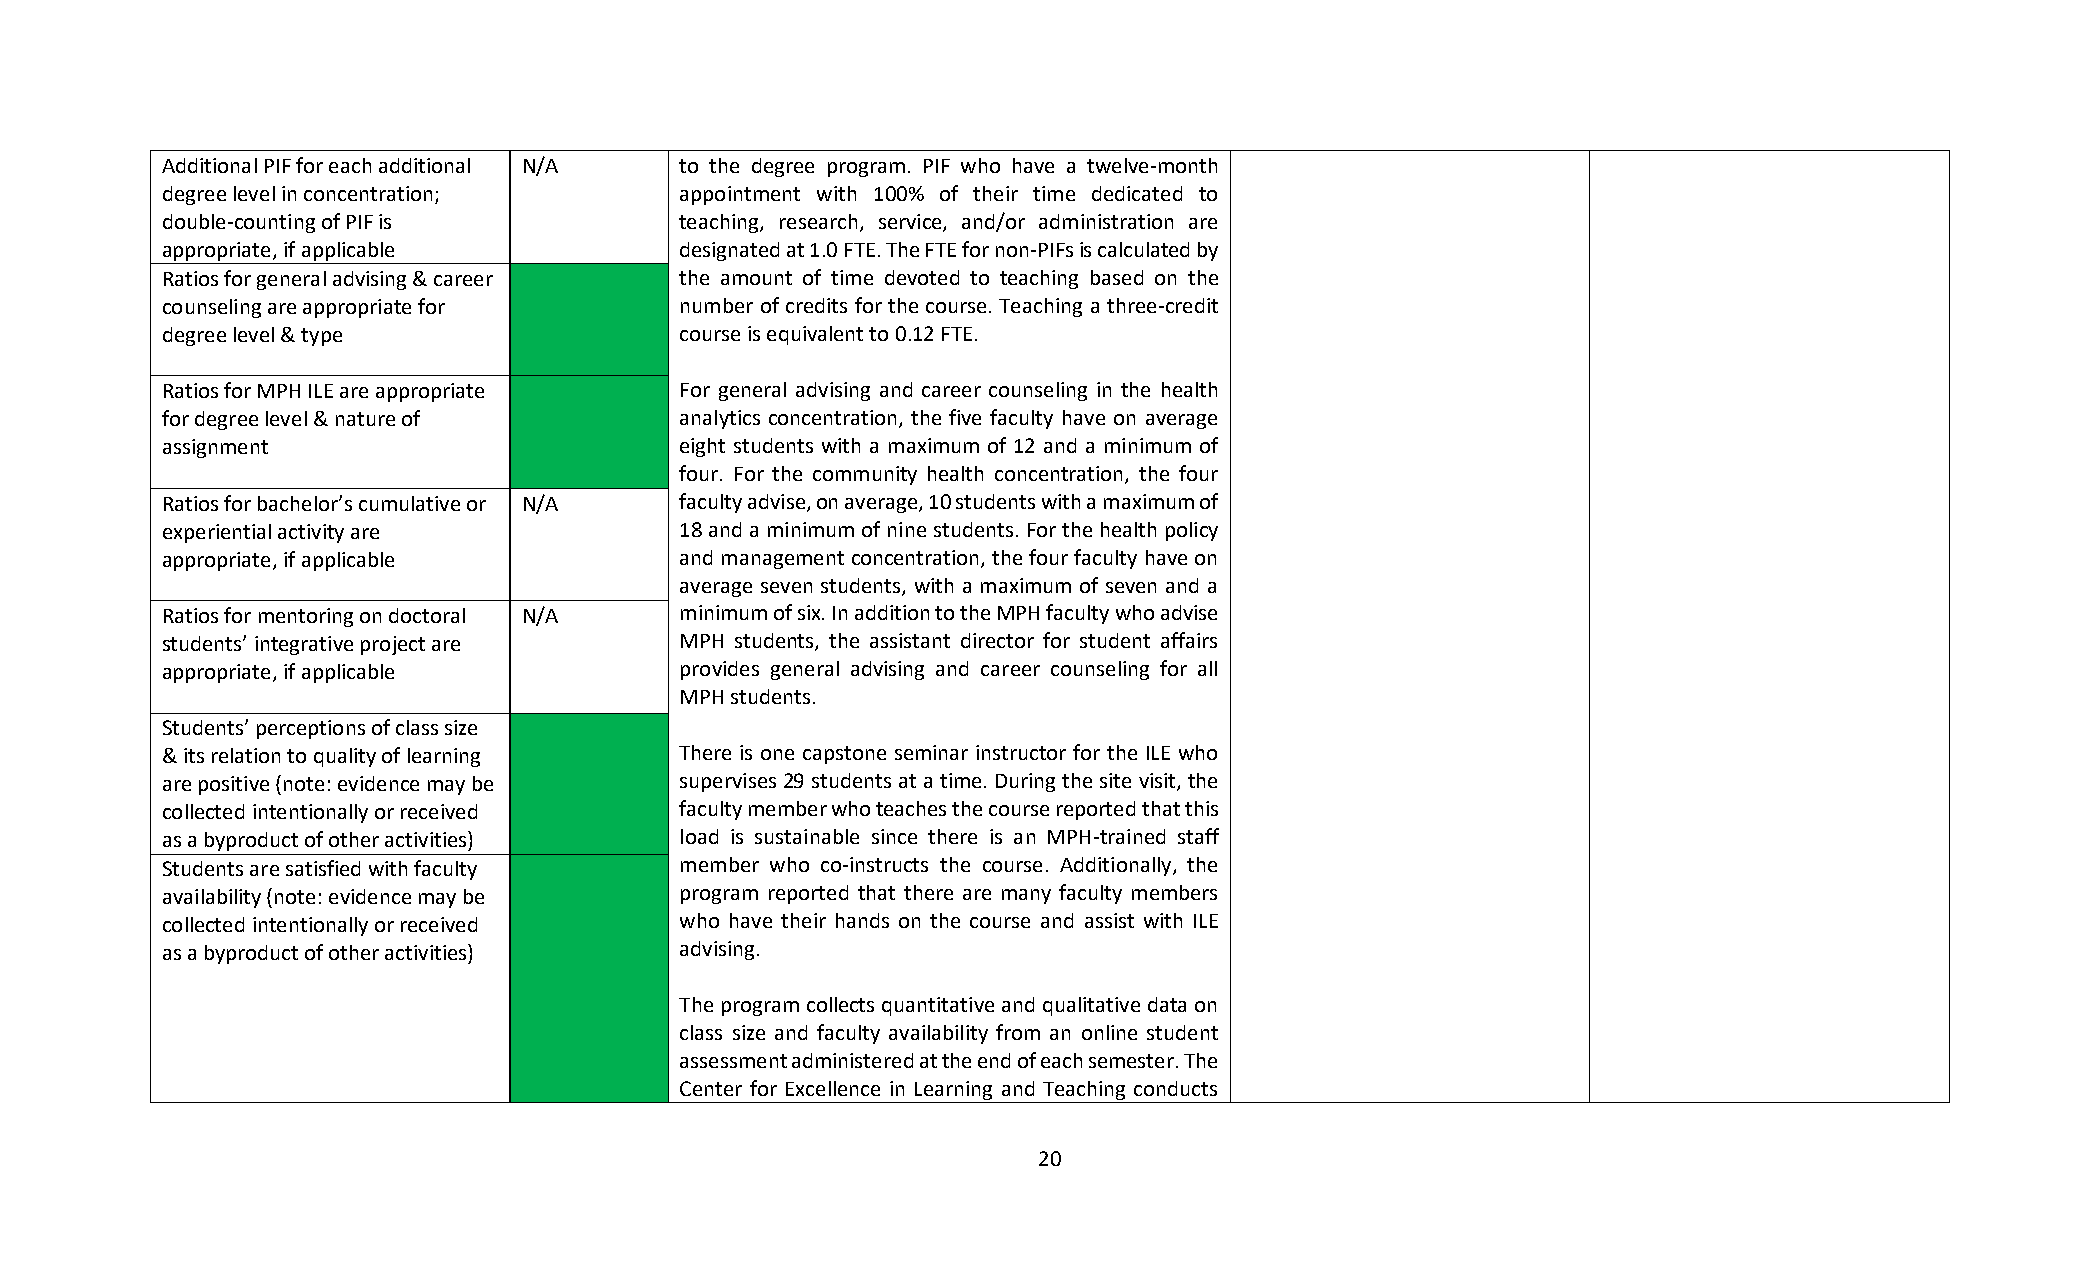
Additional PIF for each additional N/A to the degree program. PIF who have a twelve-month
 degree level in concentration;    appointment with 100% of their time dedicated to
 double-counting of PIF is         teaching, research, service, and/or administration are
 appropriate, if applicable        designated at 1.0 FTE. The FTE for non-PIFs is calculated by
 Ratios for general advising & career the amount of time devoted to teaching based on the
 counseling are appropriate for    number of credits for the course. Teaching a three-credit
 degree level & type               course is equivalent to 0.12 FTE.
 Ratios for MPH ILE are appropriate For general advising and career counseling in the health
 for degree level & nature of      analytics concentration, the five faculty have on average
 assignment                        eight students with a maximum of 12 and a minimum of
 four. For the community health concentration, the four
 Ratios for bachelor’s cumulative or N/A faculty advise, on average, 10 students with a maximum of
 experiential activity are         18 and a minimum of nine students. For the health policy
 appropriate, if applicable        and management concentration, the four faculty have on
 average seven students, with a maximum of seven and a
 Ratios for mentoring on doctoral N/A minimum of six. In addition to the MPH faculty who advise
 students’ integrative project are MPH students, the assistant director for student affairs
 appropriate, if applicable        provides general advising and career counseling for all
 MPH students.
 Students’ perceptions of class size
 & its relation to quality of learning There is one capstone seminar instructor for the ILE who
 are positive (note: evidence may be supervises 29 students at a time. During the site visit, the
 collected intentionally or received faculty member who teaches the course reported that this
 as a byproduct of other activities) load is sustainable since there is an MPH-trained staff
 Students are satisfied with faculty member who co-instructs the course. Additionally, the
 availability (note: evidence may be program reported that there are many faculty members
 collected intentionally or received who have their hands on the course and assist with ILE
 as a byproduct of other activities) advising.
 The program collects quantitative and qualitative data on
 class size and faculty availability from an online student
 assessment administered at the end of each semester. The
 Center for Excellence in Learning and Teaching conducts
 20